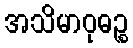
အသိမာဝုဓဉ္စ